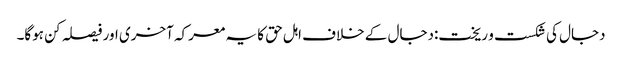
دجال کی شکست و ریخت:دجال کے خلاف اہل حق کا یہ معرکہ آخری اور فیصلہ کن ہوگا۔